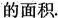
的面积.